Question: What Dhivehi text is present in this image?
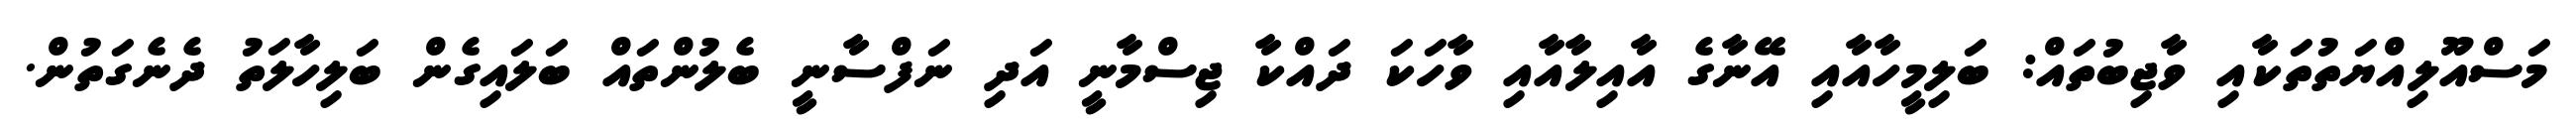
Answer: މަސްއޫލިއްޔަތުތަކާއި ވާޖިބުތައް: ބަލިމީހާއާއި އޭނާގެ އާއިލާއާއި ވާހަކަ ދައްކާ ޖިސްމާނީ އަދި ނަފްސާނީ ބެލުންތައް ބަލައިގެން ބަލިހާލަތު ދެނެގަތުން.